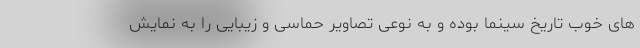
های خوب تاریخ سینما بوده و به نوعی تصاویر حماسی و زیبایی را به نمایش